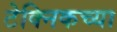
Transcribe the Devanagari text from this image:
टेक्निकच्या